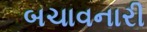
બચાવનારી